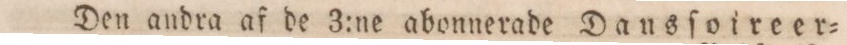
Den andra af de 3:ne abonnerade Dausſoireer=